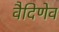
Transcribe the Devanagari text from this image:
वैदिणेव